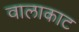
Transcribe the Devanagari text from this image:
वालाकाट